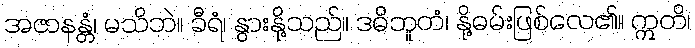
အဇာနန္တံ၊ မသိဘဲ။ ခီရံ၊ နွားနို့သည်။ ဒဓိဘူတံ၊ နို့ဓမ်းဖြစ်လေ၏။ ဣတိ၊